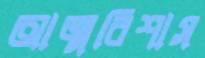
আত্মবিশাস